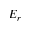
E _ { r }